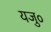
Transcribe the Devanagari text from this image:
यजु०